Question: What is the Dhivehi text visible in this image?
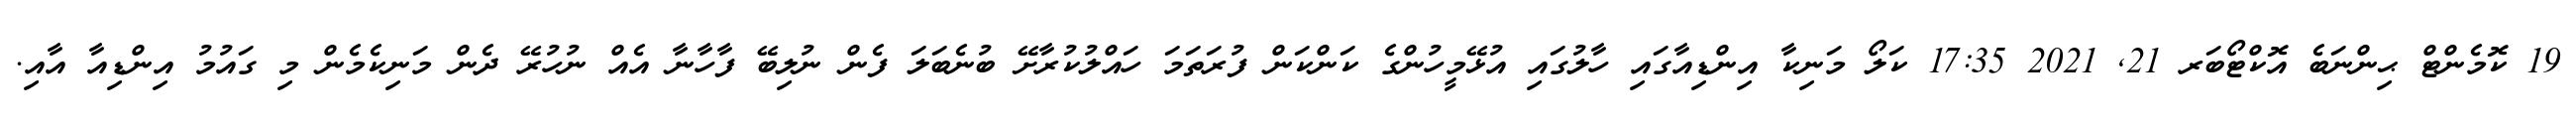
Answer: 19 ކޮމެންޓް ޙިންނަބެ އޮކްޓޯބަރ 21, 2021 17:35 ކަލޯ މަނިކާ އިންޑިއާގައި ހާލުގައި އުޅޭމީހުންގެ ކަންކަން ފުރަތަމަ ހައްލުކުރާށޭ ބުނެބަލަ ފެން ނުލިބޭ ފާހާނާ އެއް ނުހުރޭ ދެން މަނިކެމެން މި ގައުމު އިންޑިއާ އާއި.